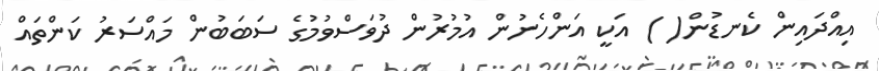
އިއްދައިން ކެނޑުން( ) އަކީ އަންހެނުން އުމުރުން ދުވަސްވުމުގެ ސަބަބުން މައްސަރު ކަންތައް